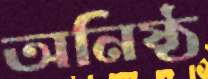
অনিষ্ঠ